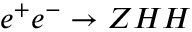
e ^ { + } e ^ { - } \rightarrow Z H H